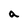
Character: a